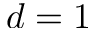
d = 1